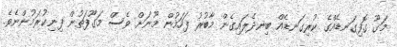
މަގޫ ގޮފިގަނޑެއްގެ ކުރިގަނޑެއް ބިނދެލައިގެން މާބުރު ފަހަމުން މޫނަށް ވެސް މަގޫފަތުން ފިނިކުރަމުންނެވެ.